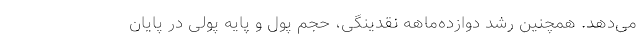
می‌دهد. همچنین رشد دوازده‌ماهه نقدینگی، حجم پول و پایه پولی در پایان